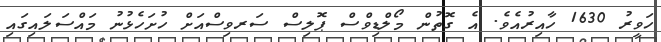
ހަވީރު 1630 ހާއިރުއެވެ. އެ ގޮތުން މޯލްޑިވްސް ޕޮލިސް ސަރވިސްއަށް ހުށަހެޅުނު މައްސަލައިގައި